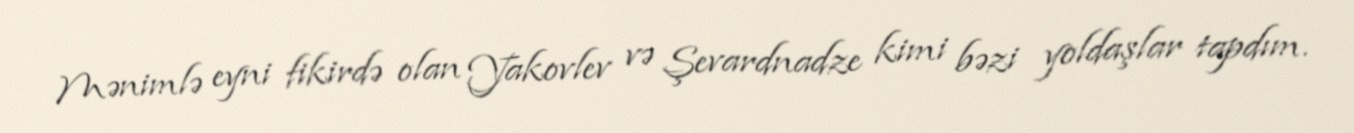
Mənimlə eyni fikirdə olan Yakovlev və Şevardnadze kimi bəzi yoldaşlar tapdım.